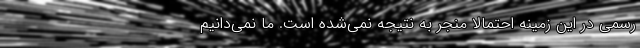
رسمي در اين زمينه احتمالا منجر به نتيجه نمي‌شده است. ما نمي‌دانيم